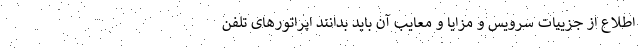
اطلاع از جزییات سرویس و مزایا و معایب آن باید بدانند اپراتورهای تلفن